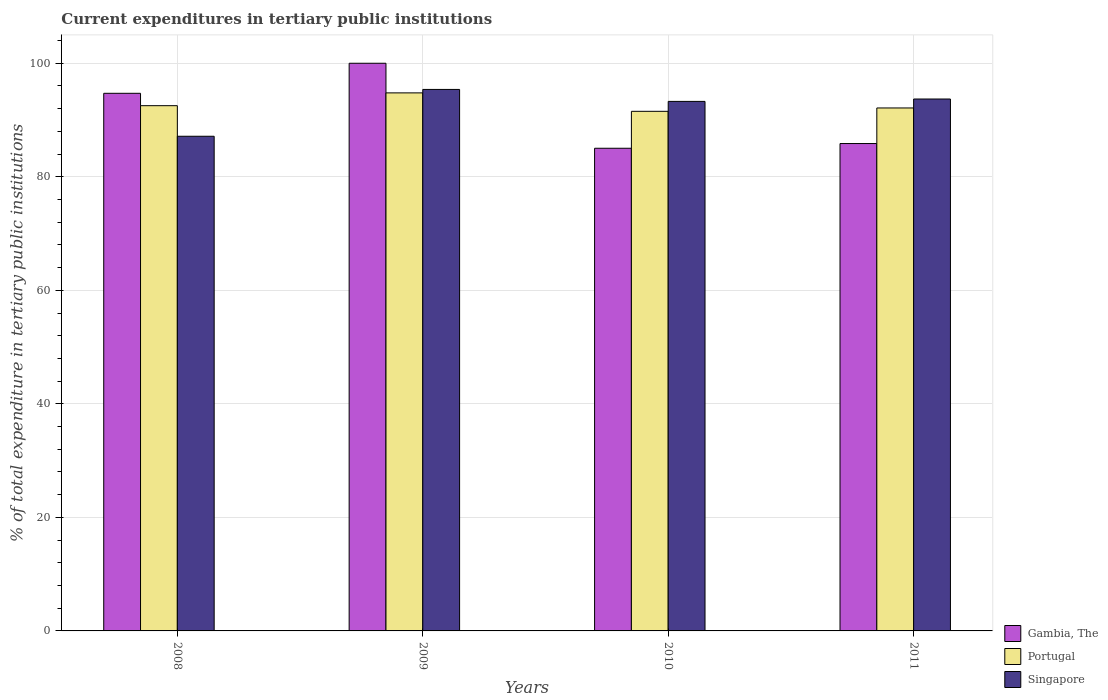
| Years | Gambia, The | Portugal | Singapore |
 | --- | --- | --- | --- |
 | 2008 | 94.7 | 92.5 | 87.1 |
 | 2009 | 100 | 94.8 | 95.4 |
 | 2010 | 85 | 91.5 | 93.3 |
 | 2011 | 85.9 | 92.1 | 93.7 |